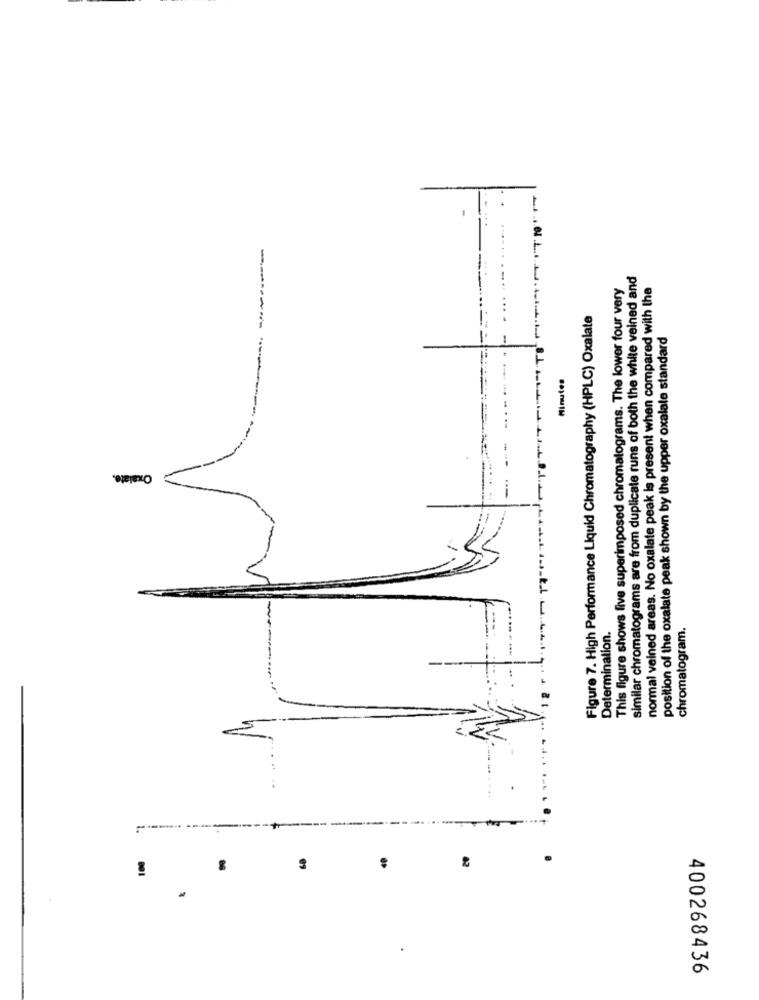
similar chromatograms are from duplicate runs of both the white veined and
This figure shows five superimposed chromatograms. The lower four very
normal veined areas. No oxalate peak is present when compared with the
Figure 7. High Performance Liquid Chromatography (HPLC) Oxalate
position of the oxalate peak shown by the upper oxalate standard
Minutes
"TE"
Oxalate.
chromatogram.
Determinalion
5
100
20
400268436